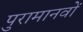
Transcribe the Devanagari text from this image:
पुरामानवों